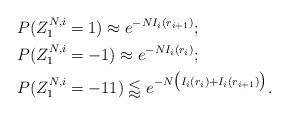
LaTeX: \begin{align*}\begin{aligned}&P(Z^{N,i}_1=1)\approx e^{-NI_i(r_{i+1})};\\&P(Z^{N,i}_1=-1)\approx e^{-NI_i(r_i)};\\&P(Z^{N,i}_1=-11)\lessapprox e^{-N\big(I_i(r_i)+I_i(r_{i+1})\big)}.\end{aligned}\end{align*}